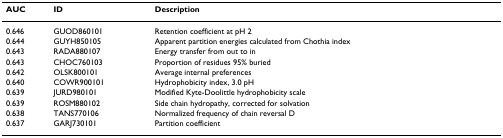
| AUC | ID | Description |
 | --- | --- | --- |
 | 0.646 | GUOD860101 | Retention coefficient at pH 2 |
 | 0.644 | GUYH850105 | Apparent partition energies calculated from Chothia index |
 | 0.643 | RADA880107 | Energy transfer from out to in |
 | 0.643 | CHOC760103 | Proportion of residues 95% buried |
 | 0.642 | OLSK800101 | Average internal preferences |
 | 0.640 | COWR900101 | Hydrophobicity index, 3.0 pH |
 | 0.639 | JURD980101 | Modified Kyte-Doolittle hydrophobicity scale |
 | 0.639 | ROSM880102 | Side chain hydropathy, corrected for solvation |
 | 0.638 | TANS770106 | Normalized frequency of chain reversal D |
 | 0.637 | GARJ730101 | Partition coefficient |